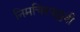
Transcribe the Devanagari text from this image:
निमचिरपल्लवी